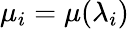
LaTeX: \mu_{i}=\mu(\lambda_{i})